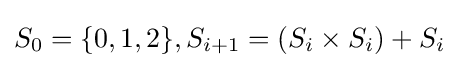
S_{0}=\{0,1,2\},S_{i+1}=(S_{i}\times S_{i})+S_{i}